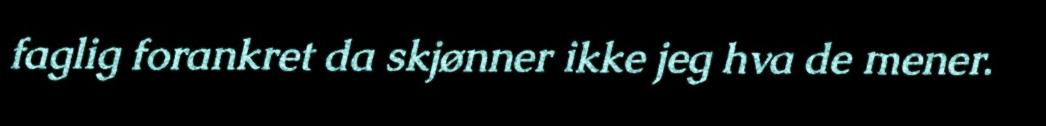
faglig forankret da skjønner ikke jeg hva de mener.